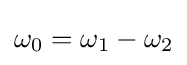
\omega _{0}=\omega _{1}-\omega _{2}